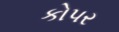
કોપર